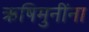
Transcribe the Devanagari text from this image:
ऋषिमुनींना